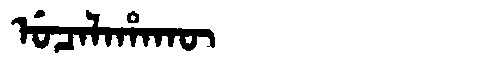
Manchu: ᡠᠴᠠᠯᠠᡥᠠᡴᡡ
Romanization: UCALAHAKŪ